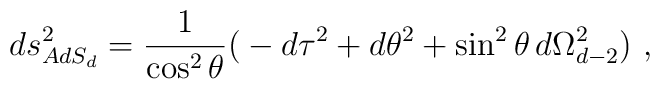
ds^2_{AdS_d} = {1\over \cos^2\theta} \big( -d\tau^2 +   d\theta^2 +\sin^2\theta\, d\Omega_{d-2}^2\big)\ ,